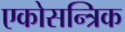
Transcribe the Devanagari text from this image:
एकोसन्त्रिक